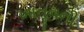
ખાતૂનની